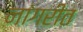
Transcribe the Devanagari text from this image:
नांगरीत